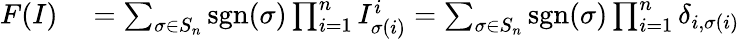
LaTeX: \begin{array}{rl}{F(I)}&{{}=\sum_{\sigma\in S_{n}}\operatorname{sgn}(\sigma)\prod_{i=1}^{n}I_{\sigma(i)}^{i}=\sum_{\sigma\in S_{n}}\operatorname{sgn}(\sigma)\prod_{i=1}^{n}\operatorname{\delta}_{i,\sigma(i)}}\end{array}